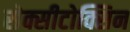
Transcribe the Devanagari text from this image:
सेक्सीटोक्सिन